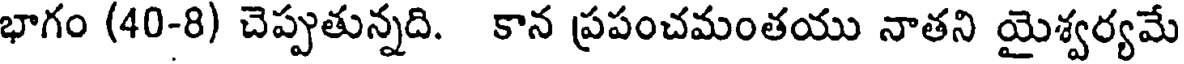
భాగం (40-8) చెప్పుతున్నది. కాన ప్రపంచమంతయు నాతని యైశ్వర్యమే